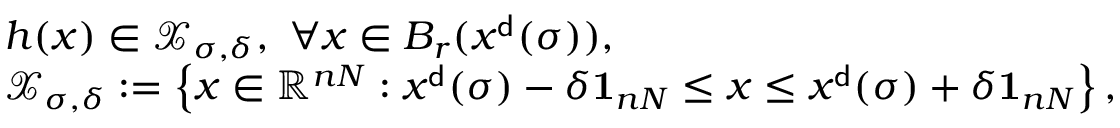
\begin{array} { r l } & { h ( x ) \in { \mathcal X } _ { \sigma , \delta } , \ \forall x \in B _ { r } ( x ^ { \sf d } ( \sigma ) ) , } \\ & { { \mathcal X } _ { \sigma , \delta } : = \left\{ x \in { \mathbb R } ^ { n N } : x ^ { \sf d } ( \sigma ) - \delta { \bf 1 } _ { n N } \le x \le x ^ { \sf d } ( \sigma ) + \delta { \bf 1 } _ { n N } \right\} , } \end{array}